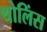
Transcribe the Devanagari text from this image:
थोलिंस